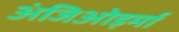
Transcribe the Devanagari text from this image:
अंजिओड़र्मा